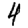
Digit: 4